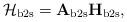
LaTeX: \begin{align*}\mathcal{H}_{\mathrm{b2s}} = \mathbf{A}_{\mathrm{b2s}} \mathbf{H}_{\mathrm{b2s}},\end{align*}